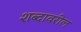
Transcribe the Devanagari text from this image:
शब्दावरील